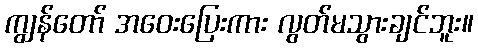
ကျွန်တော် အဝေးပြေးကား လွတ်မသွားချင်ဘူး။